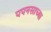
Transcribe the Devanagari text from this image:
पपनसाच्या